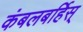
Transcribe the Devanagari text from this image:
कंबलबर्हिस्